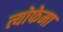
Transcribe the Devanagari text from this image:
त्योफेमा